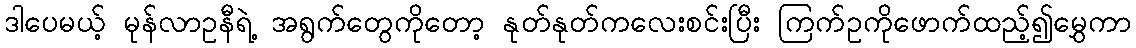
ဒါပေမယ့် မုန်လာဥနီရဲ့ အရွက်တွေကိုတော့ နုတ်နုတ်ကလေးစင်းပြီး ကြက်ဥကိုဖောက်ထည့်၍မွှေကာ